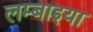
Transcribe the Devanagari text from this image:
लम्बाइया